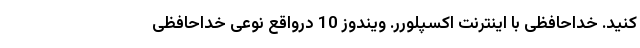
کنید. خداحافظی با اینترنت اکسپلورر. ویندوز 10 درواقع نوعی خداحافظی